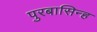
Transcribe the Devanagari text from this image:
पुरबासिन्ह